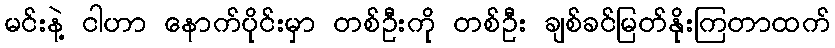
မင်းနဲ့ ငါဟာ နောက်ပိုင်းမှာ တစ်ဦးကို တစ်ဦး ချစ်ခင်မြတ်နိုးကြတာထက်